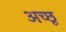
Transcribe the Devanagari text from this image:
अच्छू